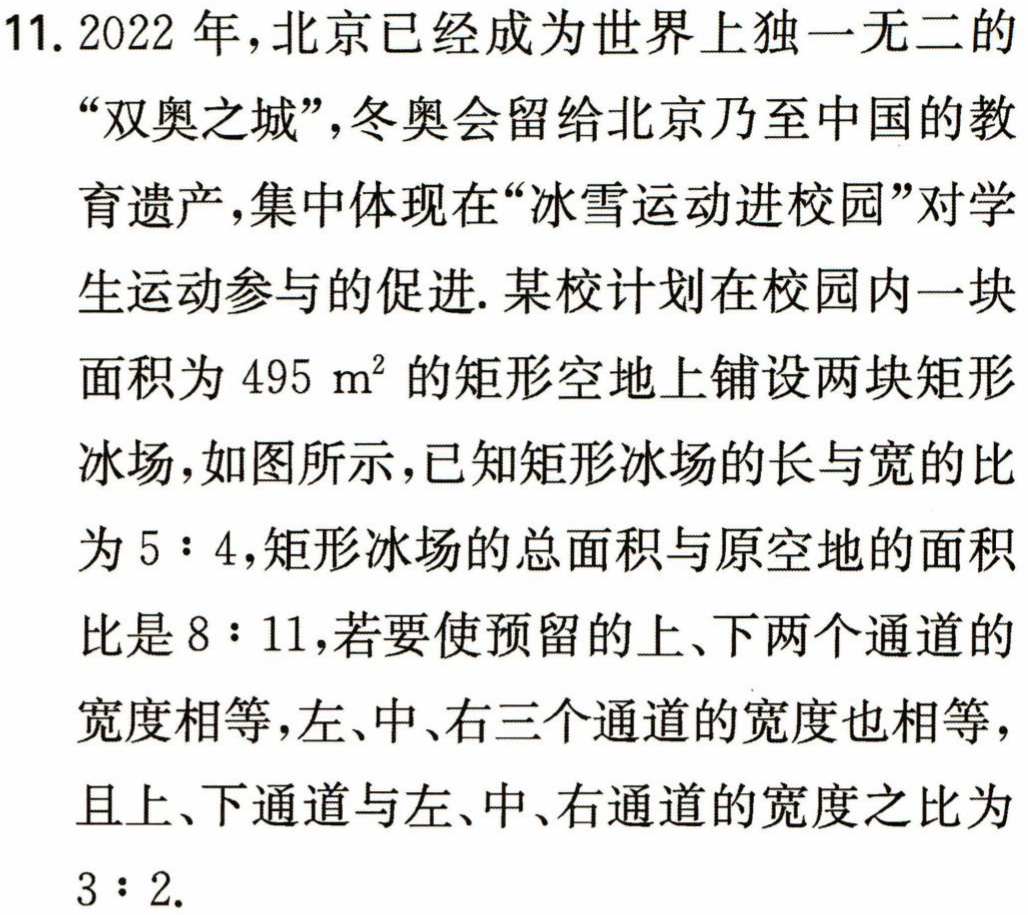
11. 2022 年，北京已经成为世界上独一无二的
“双奥之城”，冬奥会留给北京乃至中国的教
育遗产，集中体现在“冰雪运动进校园”对学
生运动参与的促进. 某校计划在校园内一块
面积为 \(495\ \text{m}^2\) 的矩形空地上铺设两块矩形
冰场，如图所示，已知矩形冰场的长与宽的比
为 \(5:4\)，矩形冰场的总面积与原空地的面积
比是 \(8:11\)，若要使预留的上、下两个通道的
宽度相等，左、中、右三个通道的宽度也相等，
且上、下通道与左、中、右通道的宽度之比为
\(3:2\).